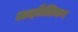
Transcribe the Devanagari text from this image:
आइटैलिक।